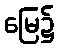
မြေ၌